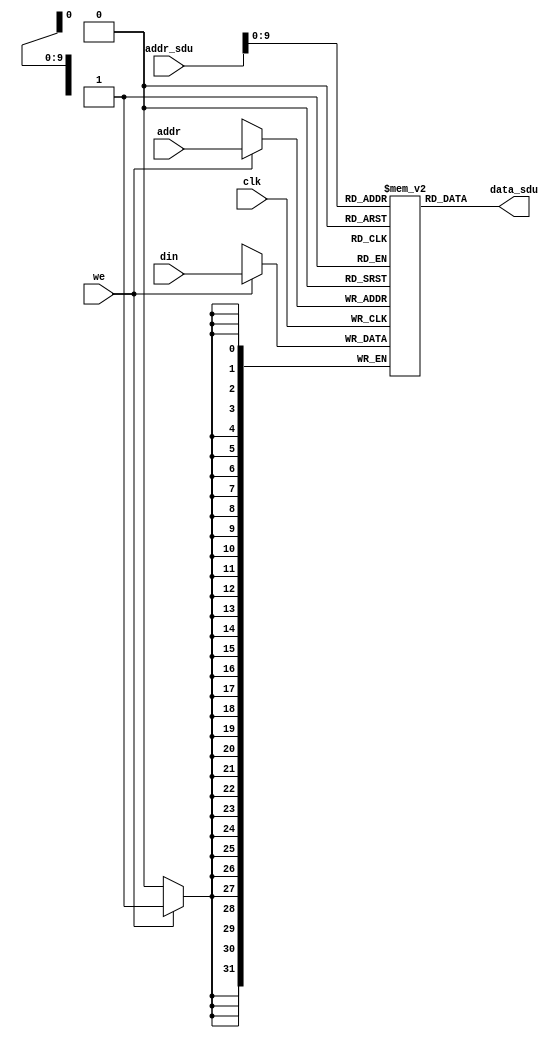
`timescale 1ns / 1ps
//////////////////////////////////////////////////////////////////////////////////
// Company: 
// Engineer: 
// 
// Design Name: 
// Module Name: Mem_sdu
// Project Name: 
// Target Devices: 
// Tool Versions: 
// Description: 
// 
// Dependencies: 
// 
// Revision:
// Revision 0.01 - File Created
// Additional Comments:
// 
//////////////////////////////////////////////////////////////////////////////////


module Mem_sdu(
    input clk,
    input [9: 0] addr,
    input [31: 0] addr_sdu,
    input [31: 0] din,
    input we,
    output [31: 0] data_sdu
    );

    reg [31: 0] Mem_sdu[0: 1023];
    always @(posedge clk) begin
        if(we) begin
            Mem_sdu[addr] <= din;
        end
    end
    assign data_sdu = Mem_sdu[addr_sdu];
endmodule